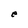
Character: e